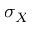
\sigma _ { X }